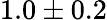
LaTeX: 1.0\pm 0.2